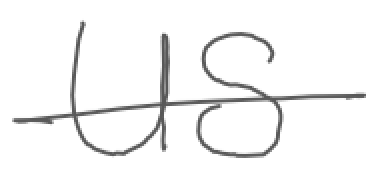
Text: US
Cross-out: single-line
Writing tool: digital_gray